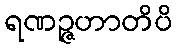
ရဏဉ္ဇဟာတိပိ